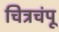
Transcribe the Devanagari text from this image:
चित्रचंपू